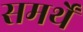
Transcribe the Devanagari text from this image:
समर्थें